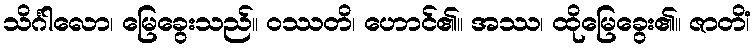
သိင်္ဂါလော၊ မြေခွေးသည်။ ဝဿတိ၊ ဟောင်၏။ အဿ၊ ထိုမြေခွေး၏။ ဇာတိံ၊